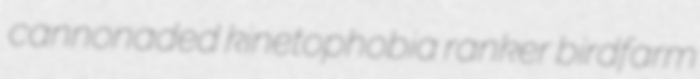
cannonaded kinetophobia ranker birdfarm